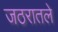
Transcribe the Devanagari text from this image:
जठरातले